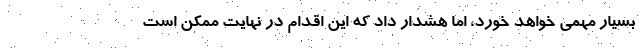
بسیار مهمی خواهد خورد، اما هشدار داد که این اقدام در نهایت ممکن است